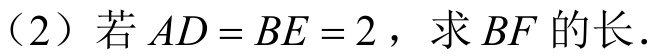
(2) 若\(AD = BE = 2\)，求\(BF\)的长.